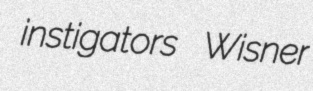
instigators Wisner